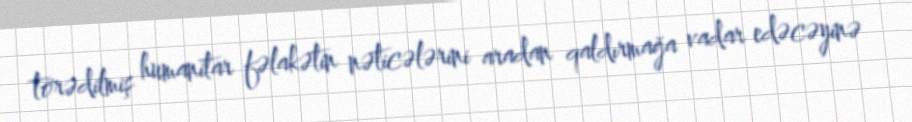
törədilmiş humanitar fəlakətin nəticələrini aradan qaldırmağa vadar edəcəyinə